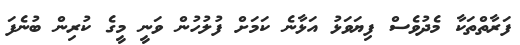
ފަރާތްތަކާ މެދުވެސް ފިޔަވަޅު އަޅާނެ ކަމަށް ފުލުހުން ވަނީ މީގެ ކުރިން ބުނެފަ